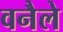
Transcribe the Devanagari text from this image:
वनैले